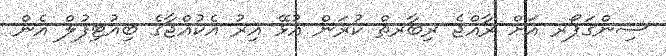
ސިންގަޕޯރ އަށް ރާއްޖެ ރިބާރތް ކުރަން އުޅޭ އިރު އެކުއްޖާގެ ބިއުޓިފުލް އެން